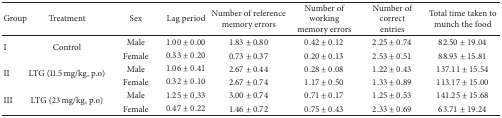
<table><thead><tr><td><b>Group</b></td><td><b>Treatment</b></td><td><b>Sex</b></td><td><b>Lag period</b></td><td><b>Number of reference memory errors</b></td><td><b>Number of working memory errors </b></td><td><b>Number of correct entries</b></td><td><b>Total time taken to munch the food</b></td></tr></thead><tbody><tr><td rowspan="2">I</td><td rowspan="2">Control</td><td>Male</td><td>1.00 ± 0.00</td><td>1.83 ± 0.80</td><td>0.42 ± 0.12</td><td>2.25 ± 0.74</td><td>82.50 ± 19.04</td></tr><tr><td>Female</td><td>0.33 ± 0.20</td><td>0.73 ± 0.37</td><td>0.20 ± 0.13</td><td>2.53 ± 0.51</td><td>88.93 ± 15.81</td></tr><tr><td rowspan="2">II</td><td rowspan="2">LTG (11.5 mg/kg, p.o)</td><td>Male</td><td>1.06 ± 0.41</td><td>2.67 ± 0.44</td><td>0.28 ± 0.08</td><td>1.22 ± 0.43</td><td>137.11 ± 15.54</td></tr><tr><td>Female</td><td>0.32 ± 0.10</td><td>2.67 ± 0.74</td><td>1.17 ± 0.50</td><td>1.33 ± 0.89</td><td>113.17 ± 15.00</td></tr><tr><td rowspan="2">III</td><td rowspan="2">LTG (23 mg/kg, p.o)</td><td>Male</td><td>1.25 ± 0.33</td><td>3.00 ± 0.74</td><td>0.71 ± 0.17</td><td>1.25 ± 0.53</td><td>141.25 ± 15.68</td></tr><tr><td>Female</td><td>0.47 ± 0.22</td><td>1.46 ± 0.72</td><td>0.75 ± 0.43</td><td>2.33 ± 0.69</td><td>63.71 ± 19.24</td></tr></tbody></table>